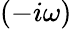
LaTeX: (-i\omega)